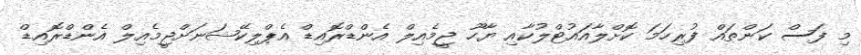
މި ފަސް ކަންތައް ފުރިހަމަ ކޮށްލާއައުޓްލުކާއި ޔާހޫ ޖީމެއިލް އެންޑްރޮއިޑް އެޕްލިކޭޝަނަށްޖީމެއިލް އެންޑްރޮއިޑް